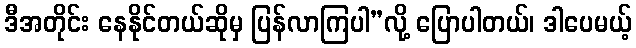
ဒီအတိုင်း နေနိုင်တယ်ဆိုမှ ပြန်လာကြပါ”လို့ ပြောပါတယ်၊ ဒါပေမယ့်